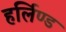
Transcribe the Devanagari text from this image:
हर्लिण्ड